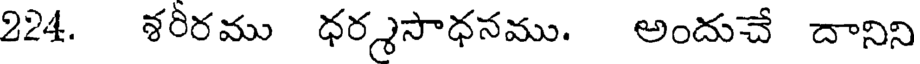
224. శరీరము ధర్శసాధనము. అందుచే దానిని